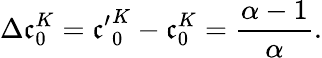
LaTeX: \Delta\mathfrak{c}_{0}^{K}={\mathfrak{c}^{\prime}}_{0}^{K}-\mathfrak{c}_{0}^{K}=\frac{{\alpha-1}}{{\alpha}}.